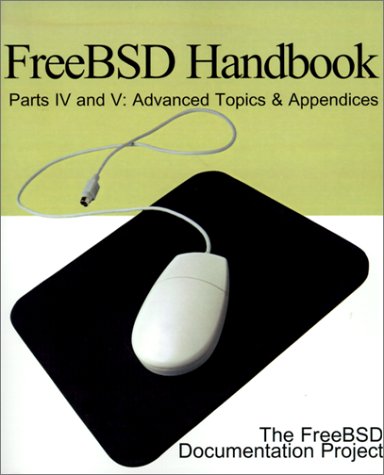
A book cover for Freebsd Handbook: Advanced Topics & Appendices (FreeBSD Handbooks); FreeBSD Documentation Project; Computers & Technology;